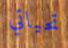
تحياتي